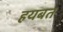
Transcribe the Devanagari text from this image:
हयबत